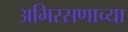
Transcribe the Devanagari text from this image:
अभिरसणाच्या